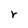
Character: r